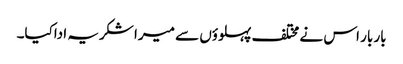
بار بار اس نے مختلف پہلوؤں سے میرا شکریہ اداکیا۔